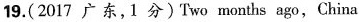
19.(2017 广东,1分)Two months ago,China